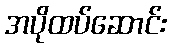
အပိုထပ်ဆောင်း